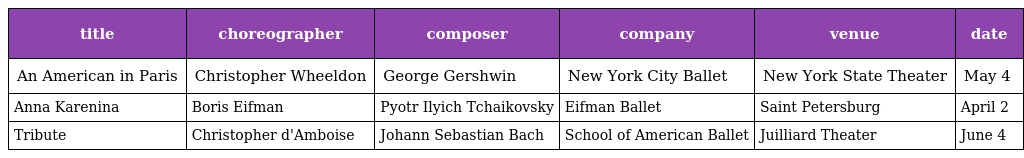
| title | choreographer | composer | company | venue | date |
 | --- | --- | --- | --- | --- | --- |
 | An American in Paris | Christopher Wheeldon | George Gershwin | New York City Ballet | New York State Theater | May 4 |
 | Anna Karenina | Boris Eifman | Pyotr Ilyich Tchaikovsky | Eifman Ballet | Saint Petersburg | April 2 |
 | Tribute | Christopher d'Amboise | Johann Sebastian Bach | School of American Ballet | Juilliard Theater | June 4 |